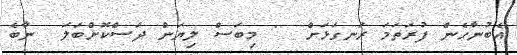
އެބުނާހެން ފުރަތަމަ ރަނގަޅަށް  " މިބަސް ލިޔަން ދަސްކޮށްބަލަ  ނާބެ